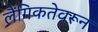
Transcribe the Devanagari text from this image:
लैंगिकतेवरून